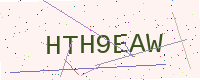
Text: HTH9EAW